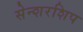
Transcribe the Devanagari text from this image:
सेन्शरशिप